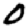
Digit: 0